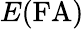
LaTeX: E(\mathrm{FA})